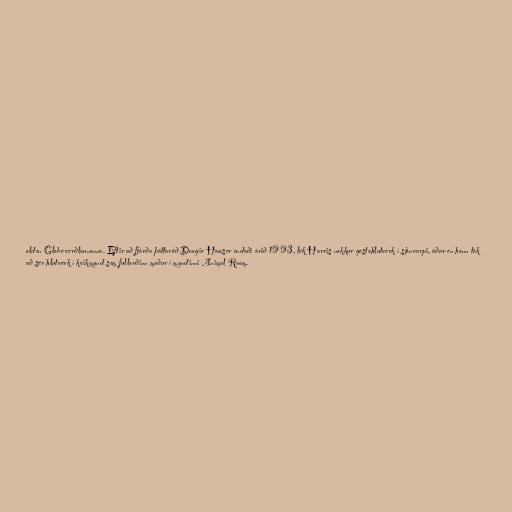
olden Globe verðlaunanna. Eftir að fjórða þáttaröð Doogie Howser endaði árið 1993, lék Harris nokkur gestahlutverk í sjónvarpi, áður en hann tók
að sér hlutverk í kvikmynd sem fullorðinn maður í myndinni Animal Room.